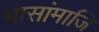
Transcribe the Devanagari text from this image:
भासांमाजि